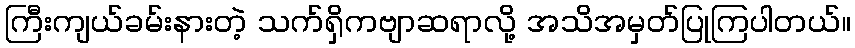
ကြီးကျယ်ခမ်းနားတဲ့ သက်ရှိကဗျာဆရာလို့ အသိအမှတ်ပြုကြပါတယ်။